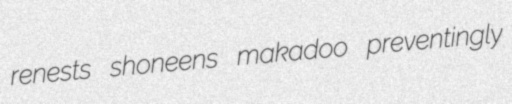
renests shoneens makadoo preventingly